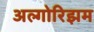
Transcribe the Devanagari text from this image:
अल्गोरिझम